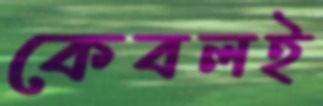
কেবলই